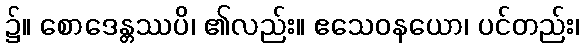
၌။ စောဒေန္တဿပိ၊ ၏လည်း။ ဧသေဝနယော၊ ပင်တည်း၊